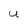
Character: U